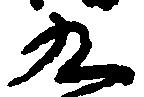
九